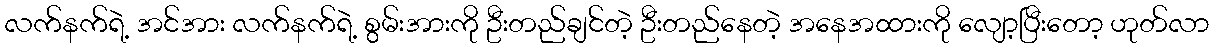
လက်နက်ရဲ့ အင်အား လက်နက်ရဲ့ စွမ်းအားကို ဦးတည်ချင်တဲ့ ဦးတည်နေတဲ့ အနေအထားကို လျော့ပြီးတော့ ဟုတ်လာ